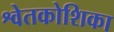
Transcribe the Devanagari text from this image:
श्वेतकोशिका